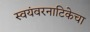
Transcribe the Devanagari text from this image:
स्वयंवरनाटिकेचा